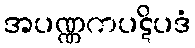
အပဏ္ဏကပဋိပဒံ